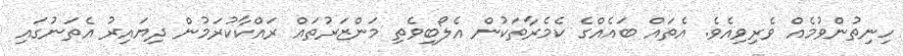
ހިނިތުންވުމެއް ވެރިވިއެވެ. އެތައް ބައެއްގެ ކެމެރާތަކުން އެލޯބިވެތި މަންޒަރުތައް ރައްކާކުރަމުން ދިޔައިރު އެތަނުގައި